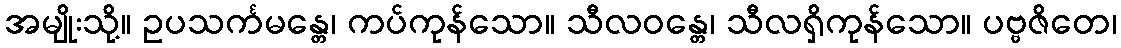
အမျိုးသို့။ ဥပသင်္ကမန္တေ၊ ကပ်ကုန်သော။ သီလဝန္တေ၊ သီလရှိကုန်သော။ ပဗ္ဗဇိတေ၊